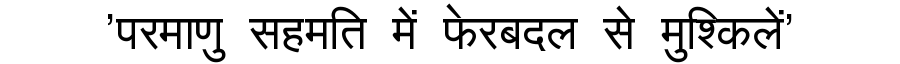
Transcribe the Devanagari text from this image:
'परमाणु सहमति में फेरबदल से मुश्किलें'